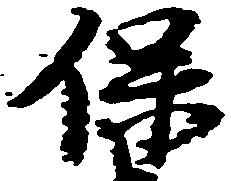
保